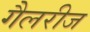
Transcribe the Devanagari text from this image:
गैलरीज